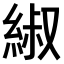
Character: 𫃬